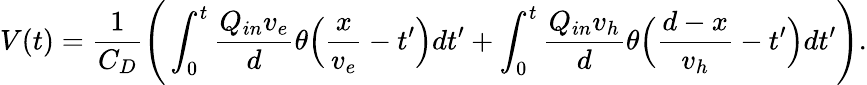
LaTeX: V(t)=\frac{1}{C_{D}}\Bigg(\int_{0}^{t}\frac{Q_{in}v_{e}}{d}\theta\Big(\frac{x}{v_{e}}-t^{\prime}\Big)dt^{\prime}+\int_{0}^{t}\frac{Q_{in}v_{h}}{d}\theta\Big(\frac{d-x}{v_{h}}-t^{\prime}\Big)dt^{\prime}\Bigg).